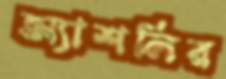
অ্যাশলির